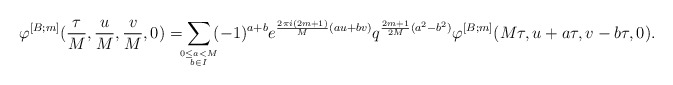
\begin{align*}\varphi^{[B;m]}(\frac{\tau}{M},\frac{u}{M},\frac{v}{M},0)=\!\!\!\sum\limits_{0 \leq a < M \atop b \in I}\!\!(-1)^{a+b} e^{\frac{2\pi i(2m+1)}{M} (au+bv)} q^{\frac{2m+1}{2M}(a^2-b^2)} \varphi^{[B;m]}(M\tau,u+a\tau,v-b\tau,0).\end{align*}